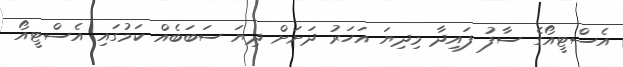
އެސްޓީއޯގެ ސާފު ފައިދާ މިދިޔަ އަހަރު ދަށަށް ދިޔަ ސަބަބެއް ކަމުގައި އެސްޓީއޯ